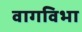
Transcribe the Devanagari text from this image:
वागविभा